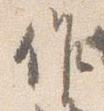
作